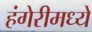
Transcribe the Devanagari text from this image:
हंगेरीमध्ये